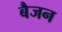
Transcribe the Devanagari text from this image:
बैजन